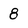
Character: 8